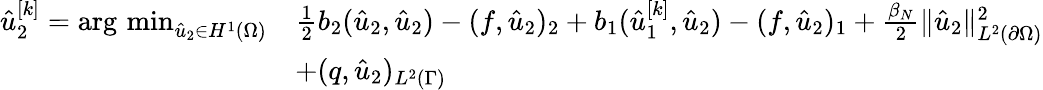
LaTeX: \begin{array}{rl}{\hat{u}_{2}^{[k]}=\operatorname*{arg\, min}_{\hat{u}_{2}\in H^{1}(\Omega)}}&{\frac 12b_{2}(\hat{u}_{2},\hat{u}_{2})-(f,\hat{u}_{2})_{2}+b_{1}(\hat{u}_{1}^{[k]},\hat{u}_{2})-(f,\hat{u}_{2})_{1}+\frac{\beta_{N}}{2}\lVert\hat{u}_{2}\rVert_{L^{2}(\partial\Omega)}^{2}}\\ &{+(q,\hat{u}_{2})_{L^{2}(\Gamma)}}\end{array}